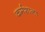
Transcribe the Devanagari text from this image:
कर्मशाना